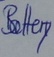
Text: Battery